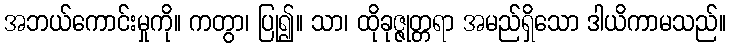
အဘယ်ကောင်းမှုကို။ ကတွာ၊ ပြု၍။ သာ၊ ထိုခုဇ္ဇုတ္တရာ အမည်ရှိသော ဒါယိကာမသည်။